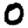
Digit: 0